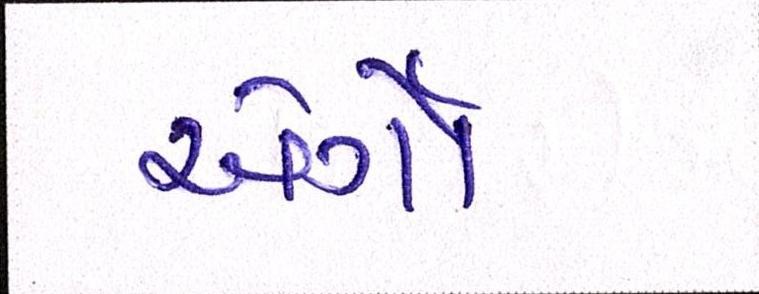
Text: એર્ગો